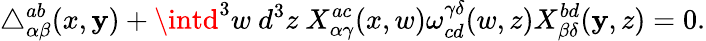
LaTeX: \triangle_{\alpha\beta}^{ab}(x,\mathbf{y})+\intd^{3}w~d^{3}z~X_{\alpha\gamma}^{ac}(x,w)\omega_{cd}^{\gamma\delta}(w,z)X_{\beta\delta}^{bd}(\mathbf{y},z)=0.